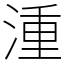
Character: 湩